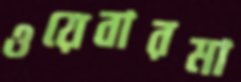
ওয়েবারমা